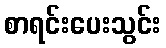
စာရင်းပေးသွင်း